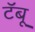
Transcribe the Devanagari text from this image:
टॅबू